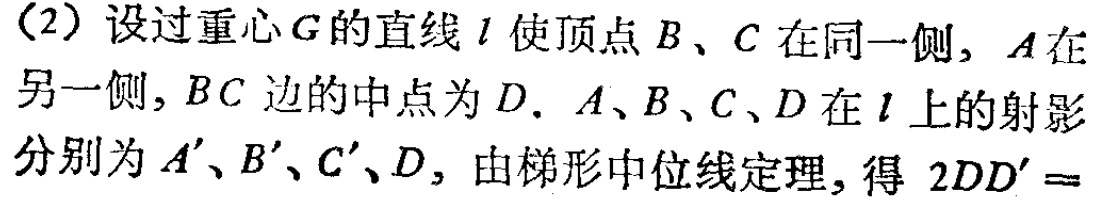
(2) 设过重心\(G\)的直线\(l\)使顶点\(B\)、\(C\)在同一侧，\(A\)在另一侧，\(BC\)边的中点为\(D\). \(A\)、\(B\)、\(C\)、\(D\)在\(l\)上的射影分别为\(A'\)、\(B'\)、\(C'\)、\(D'\)，由梯形中位线定理，得 \(2DD'=\)